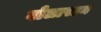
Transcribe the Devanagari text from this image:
वोलास्टन